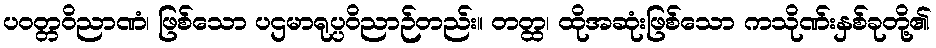
ပဝတ္တဝိညာဏံ၊ ဖြစ်သော ပဌမာရုပ္ပဝိညာဉ်တည်း။ တတ္ထ၊ ထိုအဆုံးဖြစ်သော ကသိုဏ်းနှစ်ခုတို့၏